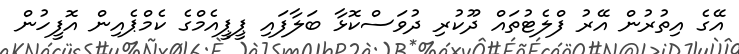
އޭގެ އިތުރުން އޭރު ފްލެޓުތައް ދޫކުރި ދުވަސްކޮޅާ ބަލާފައި ޕީޕީއެމްގެ ކެމްޕެއިން އޮފީހުން